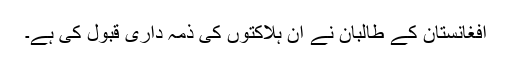
افغانستان کے طالبان نے اِن ہلاکتوں کی ذمہ داری قبول کی ہے۔